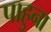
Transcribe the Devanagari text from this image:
पाहुना